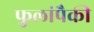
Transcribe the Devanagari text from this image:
फुलांपैकी